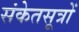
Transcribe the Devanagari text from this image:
संकेतसूत्रों